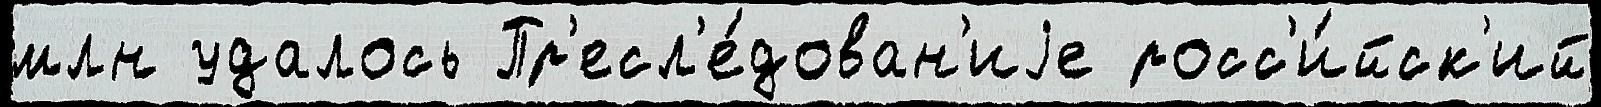
млн удалось Пр'есл'е́дован'иjе росс'и́йск'ий